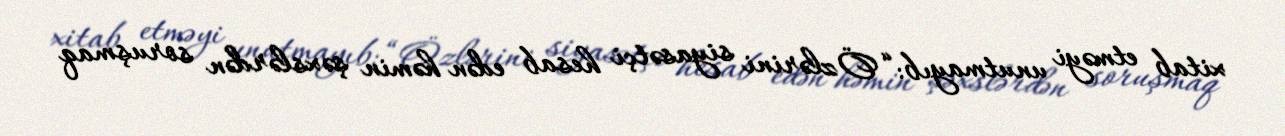
xitab etməyi unutmayıb: “Özlərini siyasətçi hesab edən həmin şəxslərdən soruşmaq